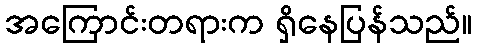
အကြောင်းတရားက ရှိနေပြန်သည်။